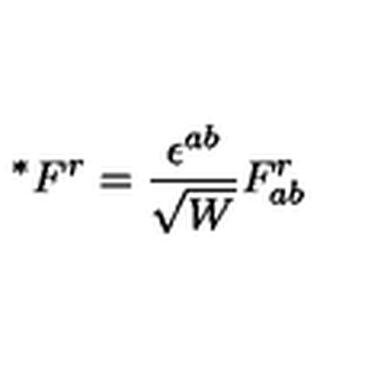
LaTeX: ^ { \ast } F ^ { r } = \frac { \epsilon ^ { a b } } { \sqrt { W } } F _ { a b } ^ { r }